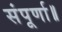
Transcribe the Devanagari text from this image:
संपूर्णा॥